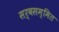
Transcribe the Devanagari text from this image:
सर्वसम्मित